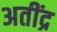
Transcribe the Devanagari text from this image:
अतींद्र